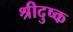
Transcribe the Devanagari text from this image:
श्रीदुष्क